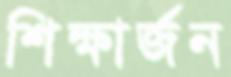
শিক্ষার্জন